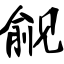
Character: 觎